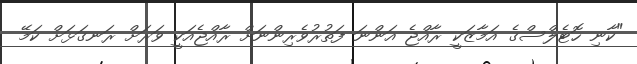
"ކާނި ހޮޓެލްސްގެ އަމާޒަކީ ރާއްޖެ އަންނަ ފަތުރުވެރިންނަށް ރާއްޖެއަކީ ވަރަށް ރަނގަޅަށް ކަމޭ